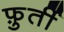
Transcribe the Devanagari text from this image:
फ़ुर्ती